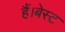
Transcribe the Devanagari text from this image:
हैं।बेस्ट